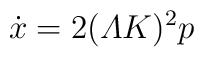
\dot{x}=2({\mit\Lambda}K)^{2}p